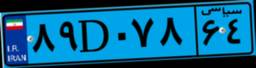
۶۰D۳۷۴۵۸